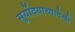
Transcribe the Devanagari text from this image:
सूर्योदयाच्यावेळी